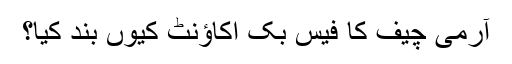
آرمی چیف کا فیس بک اکاؤنٹ کیوں بند کیا؟